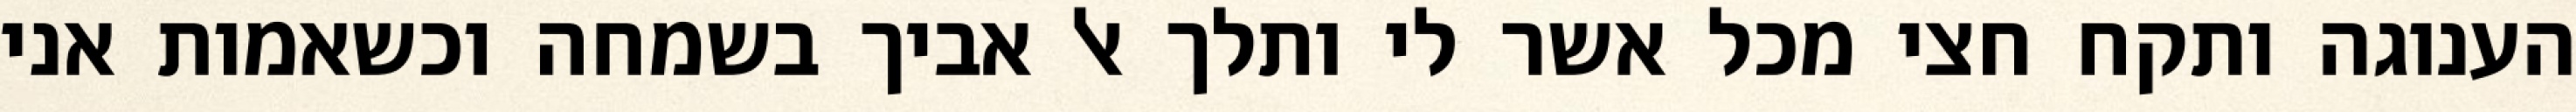
הענוגה ותקח חצי מכל אשר לי ותלך אל אביך בשמחה וכשאמות אני